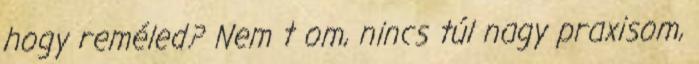
hogy reméled? Nem t om, nincs túl nagy praxisom,